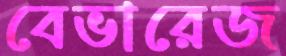
বেভারেজ